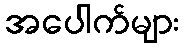
အပေါက်များ